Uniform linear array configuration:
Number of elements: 48
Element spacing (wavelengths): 1
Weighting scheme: blackman
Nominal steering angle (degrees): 45
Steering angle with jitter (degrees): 44.864
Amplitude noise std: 0.05
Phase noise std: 0.05

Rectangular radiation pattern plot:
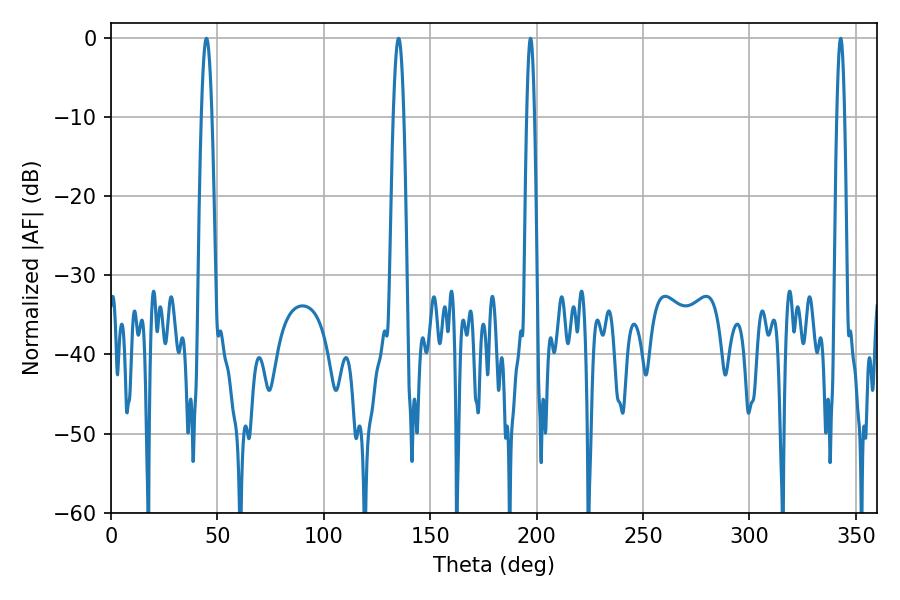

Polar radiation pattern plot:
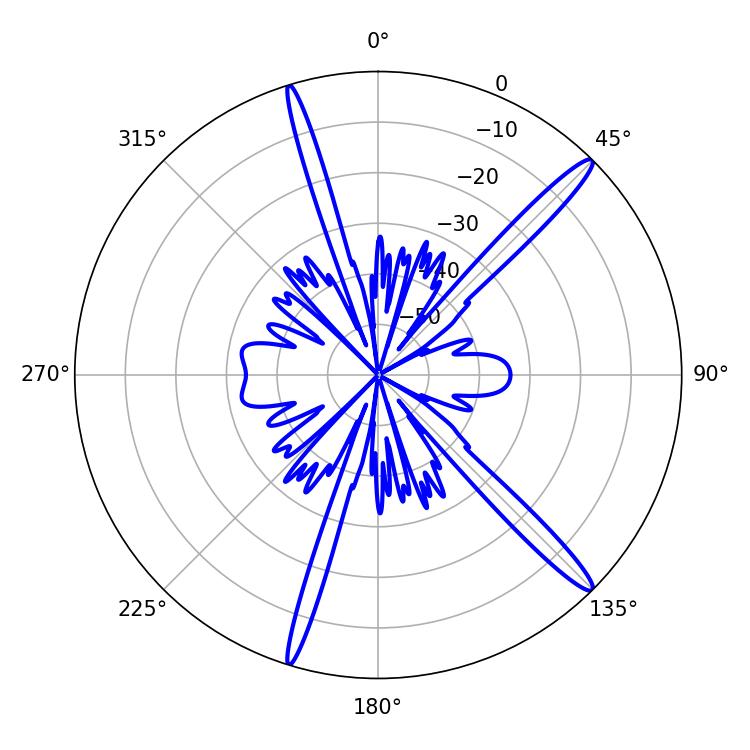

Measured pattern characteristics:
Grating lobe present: TRUE
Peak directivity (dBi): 15.97
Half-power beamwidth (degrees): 1.98
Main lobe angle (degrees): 197.1